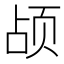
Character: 𬱗